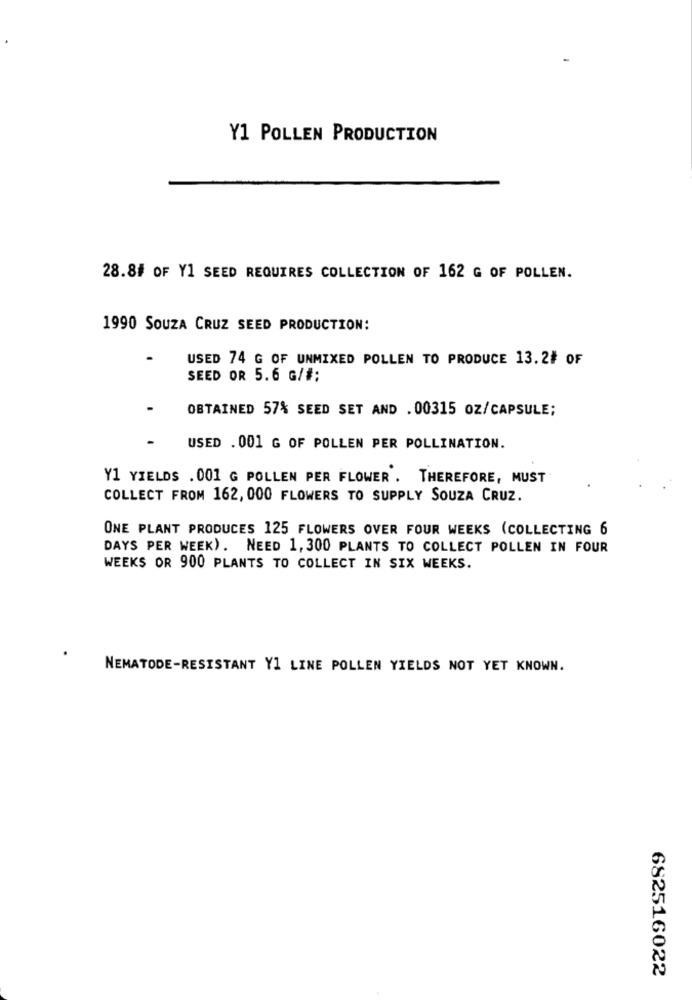
Y1 POLLEN PRODUCTION
28.8# OF Y1 SEED REQUIRES COLLECTION OF 162 G OF POLLEN.
1990 SOUZA CRUZ SEED PRODUCTION:
USED 74 G OF UNMIXED POLLEN TO PRODUCE 13.2# OF
SEED OR 5.6 G/#;
OBTAINED 57% SEED SET AND . 00315 OZ/CAPSULE;
USED . 001 G OF POLLEN PER POLLINATION.
Y1 YIELDS . 001 G POLLEN PER FLOWER . THEREFORE, MUST
COLLECT FROM 162, 000 FLOWERS TO SUPPLY SOUZA CRUZ.
ONE PLANT PRODUCES 125 FLOWERS OVER FOUR WEEKS (COLLECTING 6
DAYS PER WEEK). NEED 1, 300 PLANTS TO COLLECT POLLEN IN FOUR
WEEKS OR 900 PLANTS TO COLLECT IN SIX WEEKS.
NEMATODE-RESISTANT Y1 LINE POLLEN YIELDS NOT YET KNOWN.
682516022